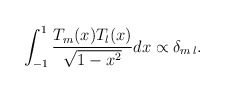
\begin{align*}\int_{-1}^{1}{T_m(x)T_l(x)\over{\sqrt{1-x^2}}}dx\propto \delta_{m\,l}.\end{align*}